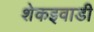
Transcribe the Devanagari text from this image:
शेकइवाडी